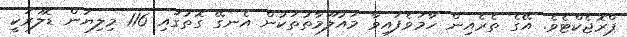
ޕްރޮޖެކްޓެވެ. އޭގެ ތެރެއިން ހާމަވެފައިވާ މައުލޫމާތުތަކުން އެނގޭ ގޮތުގައި 116 މިލިޔަން ޑޮލަރަކީ